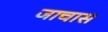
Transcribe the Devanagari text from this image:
जाचास